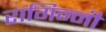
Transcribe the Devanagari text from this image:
रागिन्नी